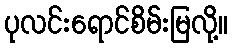
ပုလင်းရောင်စိမ်းမြလို့။